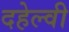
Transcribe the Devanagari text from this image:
दहेल्‍वी